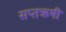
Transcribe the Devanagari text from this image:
सप्तऋषी